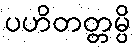
ပဟိတတ္တမ္ပိ